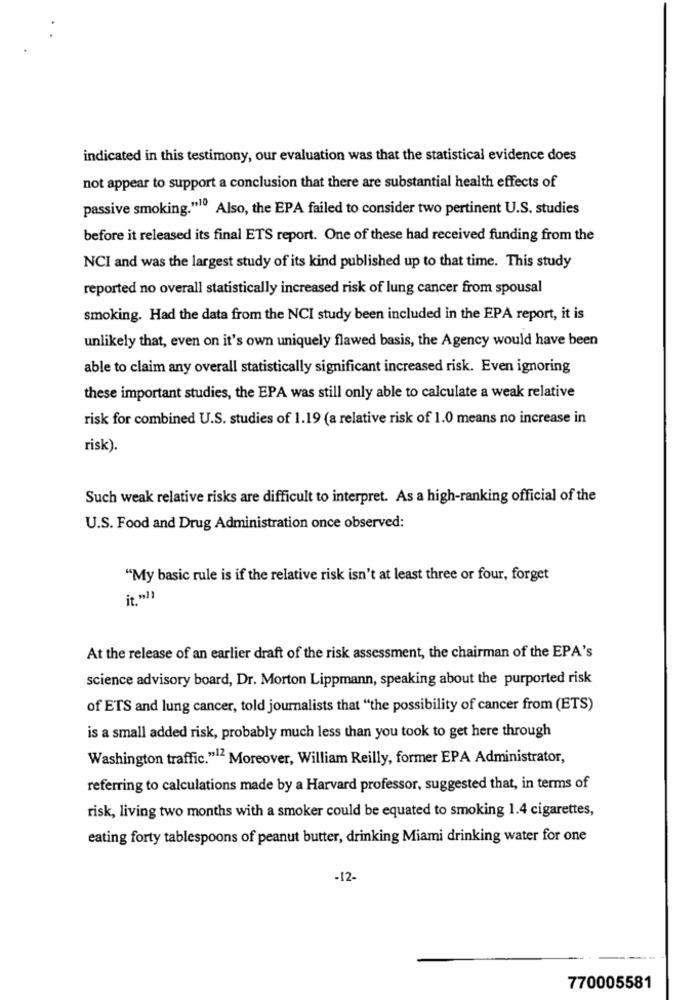
indicated in this testimony, our evaluation was that the statistical evidence does
not appear to support a conclusion that there are substantial health effects of
passive smoking."10 Also, the EPA failed to consider two pertinent U.S. studies
before it released its final ETS report. One of these had received funding from the
NCI and was the largest study of its kind published up to that time. This study
reported no overall statistically increased risk of lung cancer from spousal
smoking. Had the data from the NCI study been included in the EPA report, it is
unlikely that, even on it's own uniquely flawed basis, the Agency would have been
able to claim any overall statistically significant increased risk. Even ignoring
these important studies, the EPA was still only able to calculate a weak relative
risk for combined U.S. studies of 1.19 (a relative risk of 1.0 means no increase in
risk).
Such weak relative risks are difficult to interpret. As a high-ranking official of the
U.S. Food and Drug Administration once observed:
"My basic rule is if the relative risk isn't at least three or four, forget
it will
At the release of an earlier draft of the risk assessment, the chairman of the EPA's
science advisory board, Dr. Morton Lippmann, speaking about the purported risk
of ETS and lung cancer, told journalists that "the possibility of cancer from (ETS)
is a small added risk, probably much less than you took to get here through
Washington traffic."12 Moreover, William Reilly, former EPA Administrator,
referring to calculations made by a Harvard professor, suggested that, in terms of
risk, living two months with a smoker could be equated to smoking 1.4 cigarettes,
eating forty tablespoons of peanut butter, drinking Miami drinking water for one
-12-
770005581